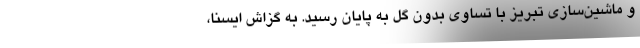
و ماشین‌سازی تبریز با تساوی بدون گل به پایان رسید. به گزاش ایسنا،